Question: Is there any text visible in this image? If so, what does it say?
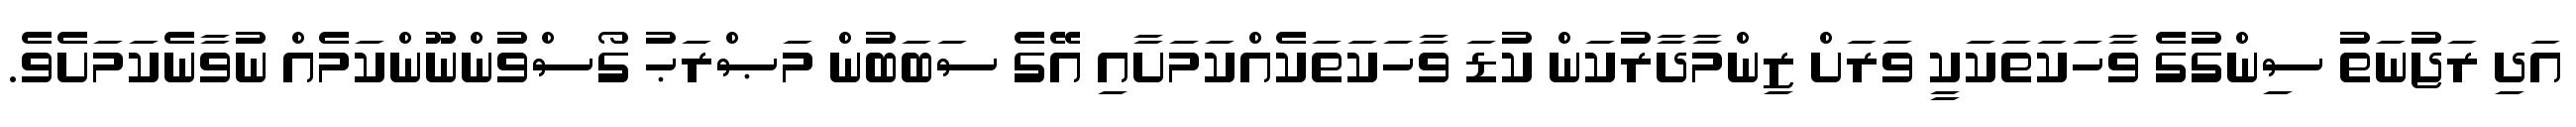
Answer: އަދި ރަޖުނަތު ސިންގުގެ ވާހަކަތަކަކީ ވަރަށް ޒިންމާދާރުކަން ކުޑަ ވާހަކަތަކެއްކަމަށާއި އޭގެ ސަބަބުން މަޞްރަޙު ގޯސްވުންނޫންކަމެއް ނުވާނެކަމަށެވެ.